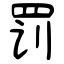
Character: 罚